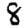
Digit: 8